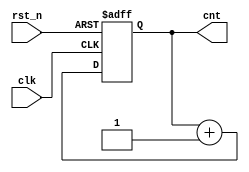
// This program was cloned from: https://github.com/RomeoMe5/DDLM
// License: MIT License

// simple_counter.v

module simple_counter
#(
  parameter WIDTH=8
)
(
 input                  clk,
 input                  rst_n,
 output reg [WIDTH-1:0] cnt
 );
          
   always@(posedge clk or negedge rst_n)
     begin
        if(!rst_n)
          cnt <= {WIDTH{1'b0}};
        else
          cnt <= cnt + 1'b1;
     end
   
endmodule // simple_counter